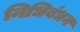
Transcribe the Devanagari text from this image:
निधिबंधन